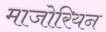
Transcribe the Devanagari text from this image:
माजोरियन